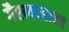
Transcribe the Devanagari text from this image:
गैरव्यवहारच